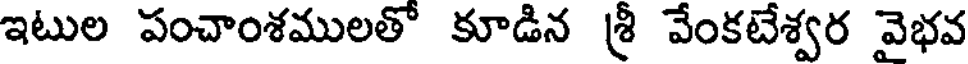
ఇటుల పంచాంశములతో కూడిన శ్రీ వేంకటేశ్వర వైభవ